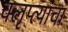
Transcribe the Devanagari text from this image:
क्लृप्त्यांचा